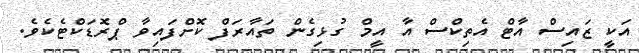
އަކީ ޒައިސް އާޓް އެތިކްސް އާ އީމް ގުޅިގެން ތައާރަފް ކޮށްފައިވާ ޕްރޮޑަކްޓެކެވެ.